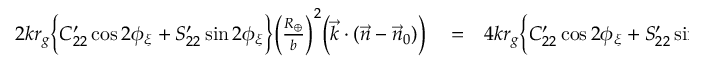
\begin{array} { r l r } { 2 k r _ { g } \Big \{ C _ { 2 2 } ^ { \prime } \cos 2 \phi _ { \xi } + S _ { 2 2 } ^ { \prime } \sin 2 \phi _ { \xi } \Big \} \Big ( \frac { R _ { \oplus } } { b } \Big ) ^ { 2 } \Big ( { \vec { k } } \cdot ( { \vec { n } } - { \vec { n } } _ { 0 } ) \Big ) } & { { } = } & { 4 k r _ { g } \Big \{ C _ { 2 2 } ^ { \prime } \cos 2 \phi _ { \xi } + S _ { 2 2 } ^ { \prime } \sin 2 \phi _ { \xi } \Big \} \frac { \alpha R _ { \oplus } ^ { 2 } } { ( R _ { \oplus } + h ) ^ { 2 } } \lesssim } \end{array}